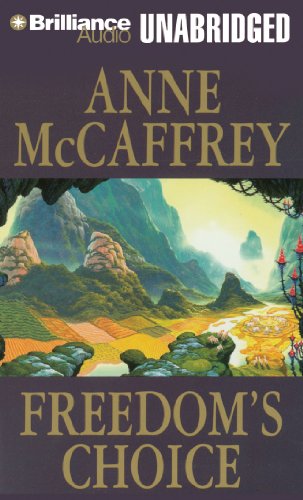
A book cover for Freedom's Choice (Freedom Series); Anne McCaffrey; Science Fiction & Fantasy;